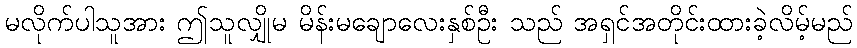
မလိုက်ပါသူအား ဤသူလျှိုမ မိန်းမချောလေးနှစ်ဦး သည် အရှင်အတိုင်းထားခဲ့လိမ့်မည်